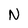
Character: N